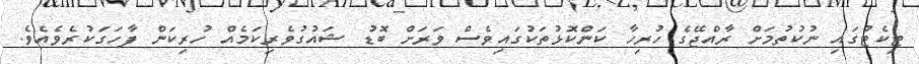
ޓިކެޓުގައި ނުކުތުމަށް ރާއްޖޭގެ ހުރިހާ ކަންކޮޅުތަކުގައިވެސް ވަރަށް ބޮޑު ޝައުގުވެރިކަމެއް ހުރިކަން ފާހަގަކުރެވެއެވެ.